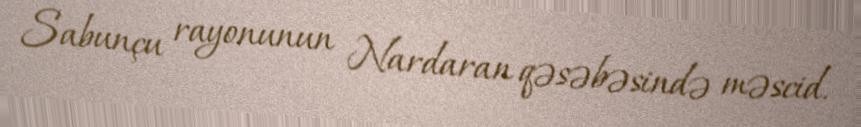
Sabunçu rayonunun Nardaran qəsəbəsində məscid.